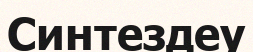
Синтездеу